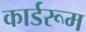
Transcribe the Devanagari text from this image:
कार्डरूम